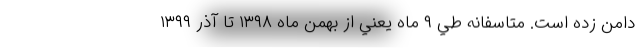
دامن زده است. متاسفانه طي ۹ ماه يعني از بهمن ماه ۱۳۹۸ تا آذر ۱۳۹۹